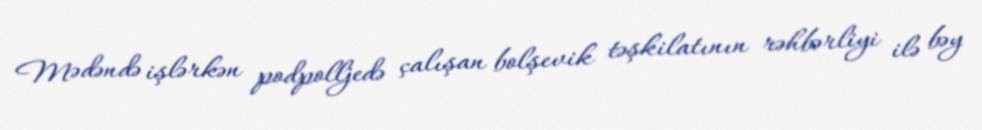
Mədəndə işlərkən podpolljedə çalışan bolşevik təşkilatının rəhbərliyi ilə bəy